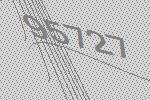
95727